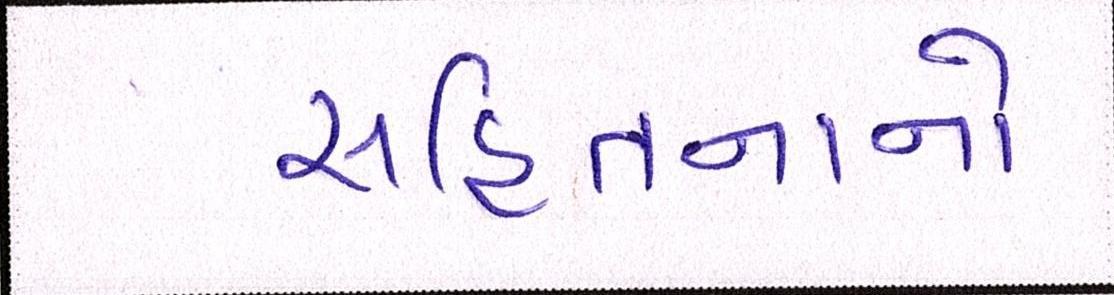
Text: સહિતનાનો